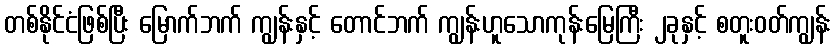
တစ်နိုင်ငံဖြစ်ပြီး မြောက်ဘက် ကျွန်းနှင့် တောင်ဘက် ကျွန်းဟူသောကုန်းမြေကြီး ၂ခုနှင့် စတူးဝတ်ကျွန်း